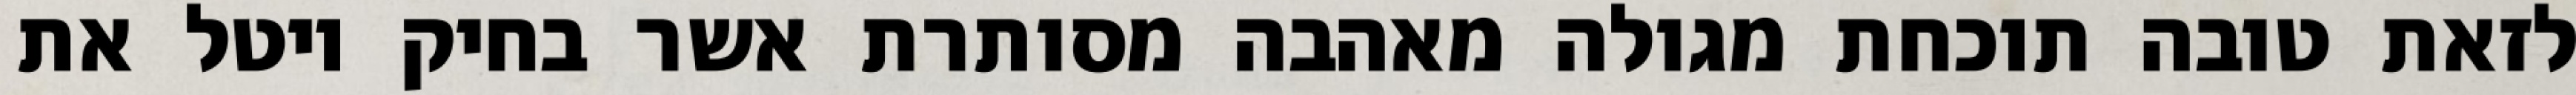
לזאת טובה תוכחת מגולה מאהבה מסותרת אשר בחיק יוטל את